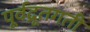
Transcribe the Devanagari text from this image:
पूर्वद्रूतगती